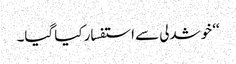
‘‘ خوشدلی سے استفسار کیا گیا۔